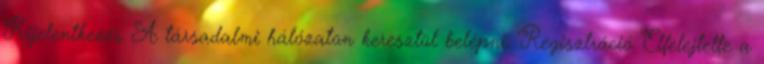
Kijelentkezés A társadalmi hálózaton keresztül belépni: Regisztráció Elfelejtette a